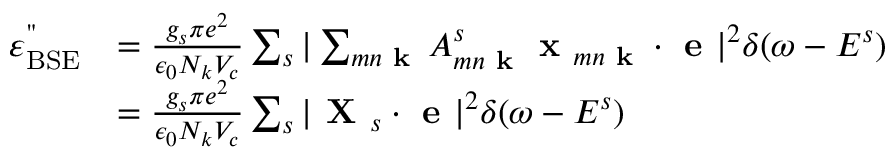
\begin{array} { r l } { \varepsilon _ { \mathrm { B S E } } ^ { " } } & { = \frac { g _ { s } \pi e ^ { 2 } } { \epsilon _ { 0 } N _ { k } V _ { c } } \sum _ { s } | \sum _ { m n \textbf { k } } A _ { m n \textbf { k } } ^ { s } \textbf { x } _ { m n \textbf { k } } \cdot \textbf { e } | ^ { 2 } \delta ( \omega - E ^ { s } ) } \\ & { = \frac { g _ { s } \pi e ^ { 2 } } { \epsilon _ { 0 } N _ { k } V _ { c } } \sum _ { s } | \textbf { X } _ { s } \cdot \textbf { e } | ^ { 2 } \delta ( \omega - E ^ { s } ) } \end{array}